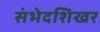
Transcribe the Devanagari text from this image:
संभेदशिखर